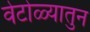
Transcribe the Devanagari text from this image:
वेटोळ्यातुन